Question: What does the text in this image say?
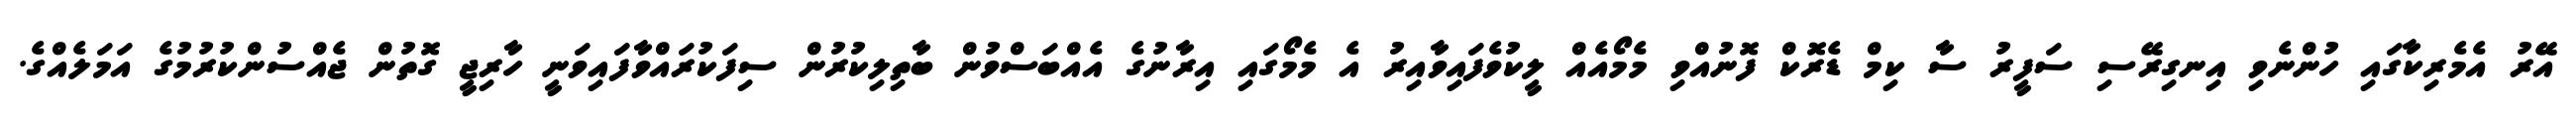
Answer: އޭރު އެމެރިކާގައި ހުންނެވި އިނގިރޭސި ސަފީރު ސާ ކިމް ޑެރޮކް ފޮނުއްވި މެމޯއެއް ލީކުވެފައިވާއިރު އެ މެމޯގައި އިރާނުގެ އެއްބަސްވުން ބާތިލިކުރުން ސިފަކުރައްވާފައިވަނީ ހާރިޖީ ގޮތުން ޖެއްސުންކުރުމުގެ އަމަލެއްގެ.